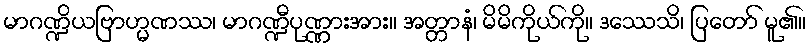
မာဂဏ္ဍိယဗြာဟ္မဏဿ၊ မာဂဏ္ဍီပုဏ္ဏားအား။ အတ္တာနံ၊ မိမိကိုယ်ကို။ ဒဿေသိ၊ ပြတော် မူ၏။